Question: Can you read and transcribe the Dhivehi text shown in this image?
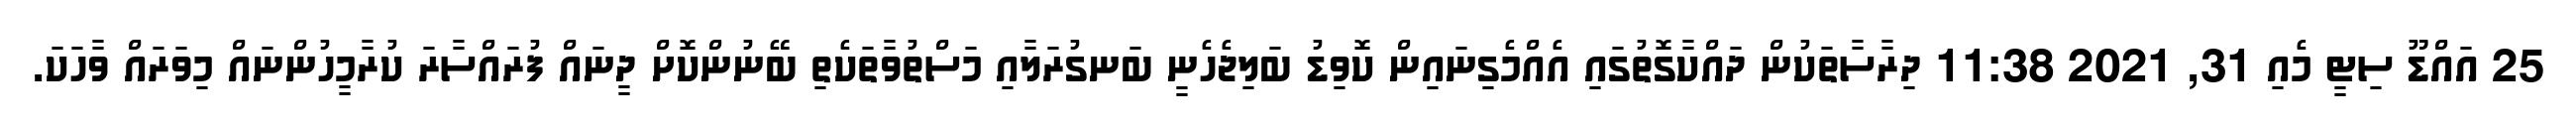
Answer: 25 އައްޑޫ ސިޓީ މެއި 31, 2021 11:38 ދިރާސާތަކުން ދައްކާގޮތުގައި އެއްމެގިނައިން ކޮވިޑު ބަލިޖެހެނީ ބަނގުރަލާއި މަސްތުވާތަކެތި ބޭނުންކޮށް ދީނައް ފުރައްސާރަ ކުރާމީހުންނައް މިވަރައް ވާހަކަ.